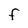
Character: F